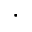
\cdot